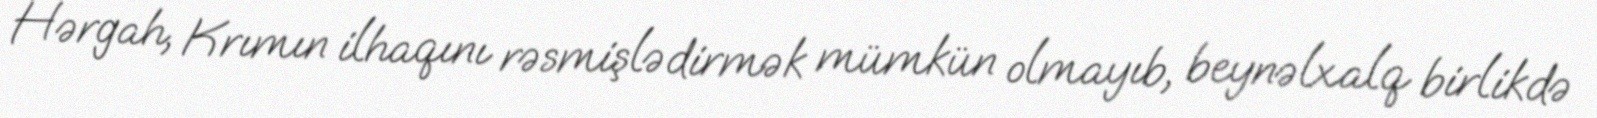
Hərgah, Krımın ilhaqını rəsmişlədirmək mümkün olmayıb, beynəlxalq birlikdə